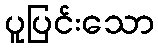
ပူပြင်းသော